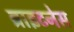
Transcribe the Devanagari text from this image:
ब्राइटनेस